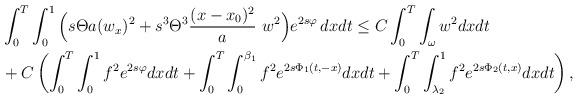
LaTeX: \begin{align*}\begin{aligned}&\int_0^T \int_0^1\Big( s \Theta a (w_x)^2 + s^3 \Theta^3\frac{(x-x_0)^2}{a}\ w^2 \Big) e^{2s \varphi} \, dx dt \le C\int_0^T \int_{\omega}w^2 dxdt\\& + C\left(\int_0^T \int_0^1f^2e^{2s\varphi}dxdt +\int_0^T \int_0^{\beta_1} f^2 e^{2s \Phi_1(t,-x)}dxdt+ \int_0^T \int_{\lambda_2}^1 f^2e^{2s \Phi_2(t,x)}dxdt\right),\end{aligned}\end{align*}